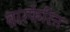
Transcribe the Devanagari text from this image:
वारफेरिन